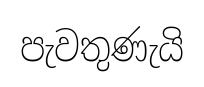
පැවතුණැයි